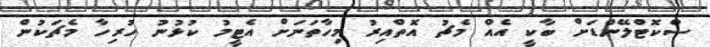
ސްކޮޓްލޭންޑަށް ބާކީ އެއް މެޗު އޮތްއިރު މިހާތަނަށް އެޓީމު ކުޅުނު ހުރިހާ މެޗަކުން